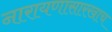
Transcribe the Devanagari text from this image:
नारायणासारखाच